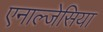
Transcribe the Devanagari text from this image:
एनाल्जेसिया